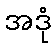
အဒုံ